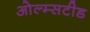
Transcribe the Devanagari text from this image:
ओल्म्सटीड